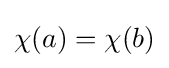
\chi (a)=\chi (b)